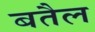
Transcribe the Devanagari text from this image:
बतैल